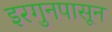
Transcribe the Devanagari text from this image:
इरगुनपासून